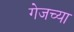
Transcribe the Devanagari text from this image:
गेजच्या